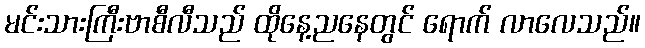
မင်းသားကြီးဗာစီလီသည် ထိုနေ့ညနေတွင် ရောက် လာလေသည်။